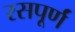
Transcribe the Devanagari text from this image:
रसपूर्णं